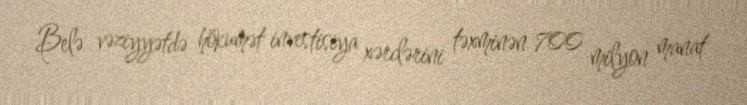
Belə vəziyyətdə hökumət investisiya xərclərini təxminən 700 milyon manat